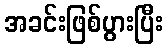
အခင်းဖြစ်ပွားပြီး